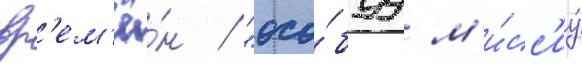
вр'ем'ё́н / "осо́буу м'и́сс'иу